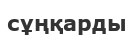
сұңқарды